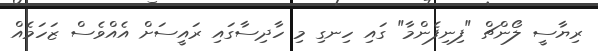
ރިޔާސީ ލޯންޗް "ފިނިފެންމާ" ގައި ހިނގި މި ހާދިސާގައި ރައީސަށް އެއްވެސް ޒަހަމެއް